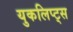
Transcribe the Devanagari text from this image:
युकलिप्ट्स